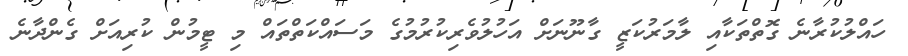
ހައްލުކުރާނެ ގޮތްތަކާއި ލާމަރުކަޒީ ގާނޫނަށް އަހުލުވެރިކުރުމުގެ މަސައްކަތްތައް މި ޓީމުން ކުރިއަށް ގެންދާނެ